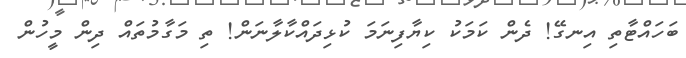
ބަހައްޓާތި އިނގޭ! ދެން ކަމަކު ކިޔާފިނަމަ ކުޅިދައްކާލާނަން! ތި މަގާމުތައް ދިން މީހުން